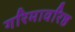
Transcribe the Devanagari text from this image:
गरिमावरिष्ठ